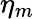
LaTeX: \eta_{m}